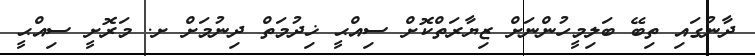
ދާނުގައި ތިބޭ ބަލިމީހުންނަށް ޒިޔާރަތްކޮށް ސިއްޙީ ޚިދުމަތް ދިނުމަށް ށ. މަރޮށީ ސިއްޙީ